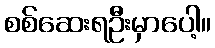
စစ်ဆေးရဦးမှာပေါ့။